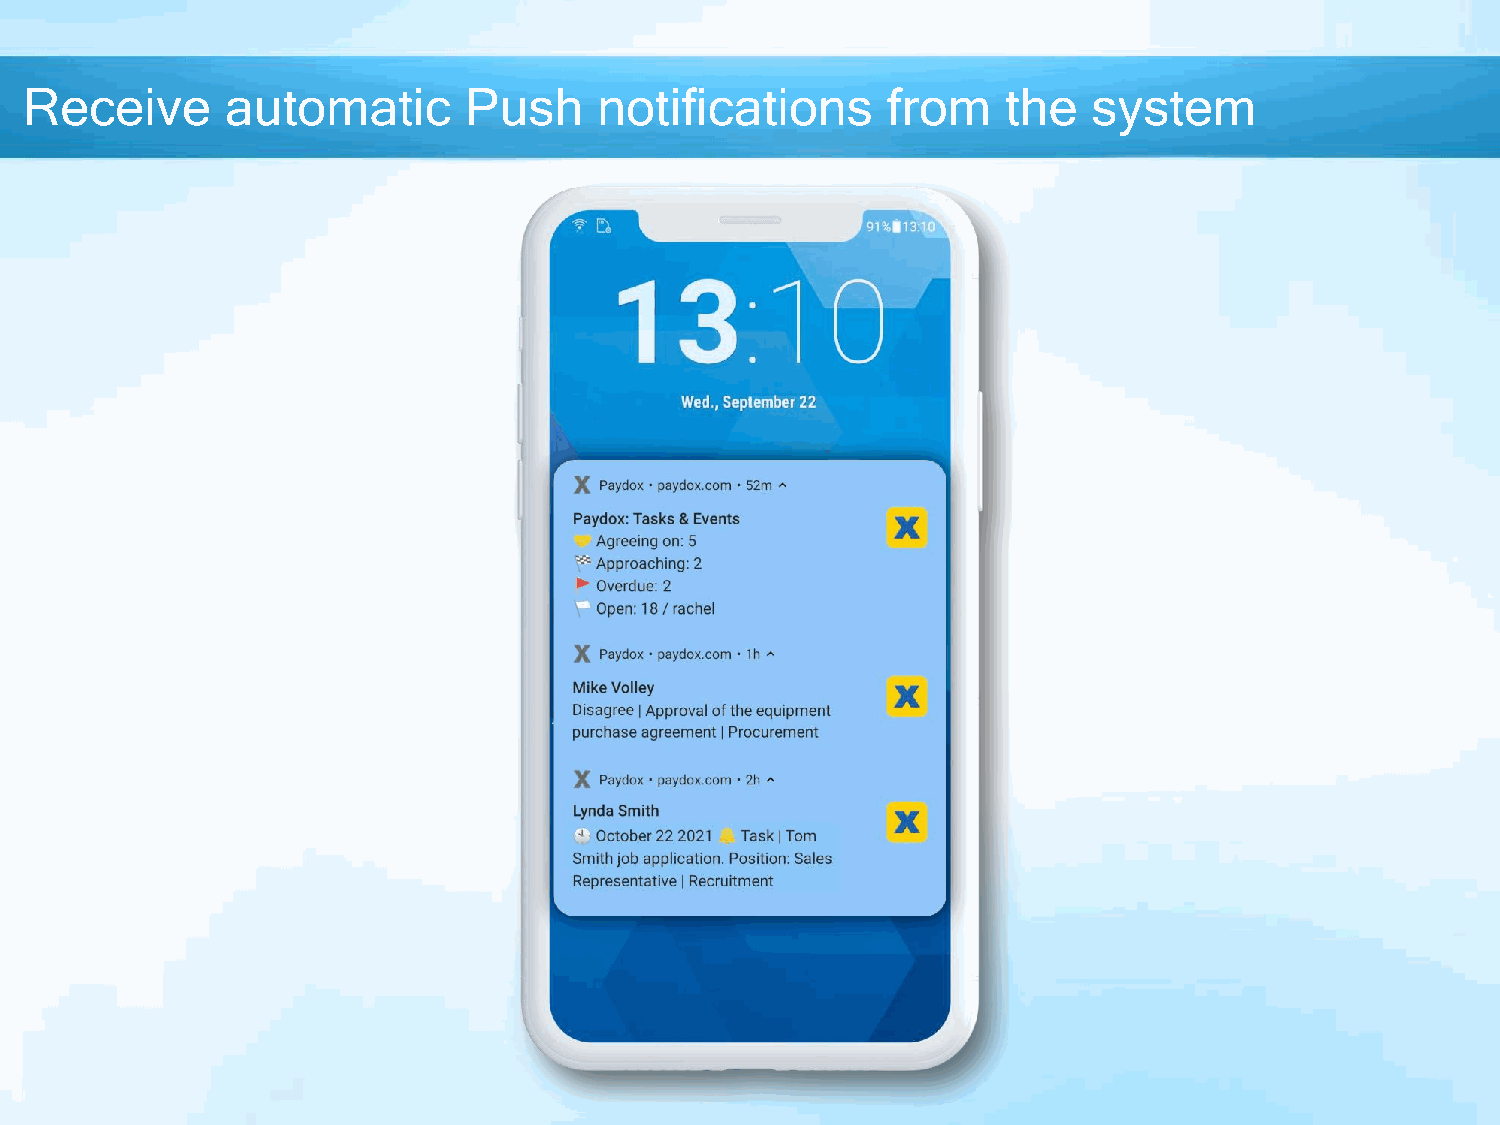
Receive      automatic       Push     notifications      from    the  system